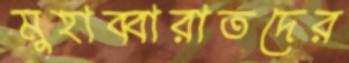
মুহাব্বারাতদের